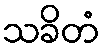
သခိတံ